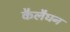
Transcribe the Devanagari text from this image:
कैलैघन